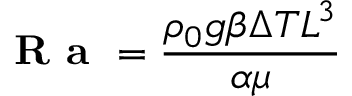
{ \textbf { R a } } = { \frac { \rho _ { 0 } g \beta \Delta T L ^ { 3 } } { \alpha \mu } }